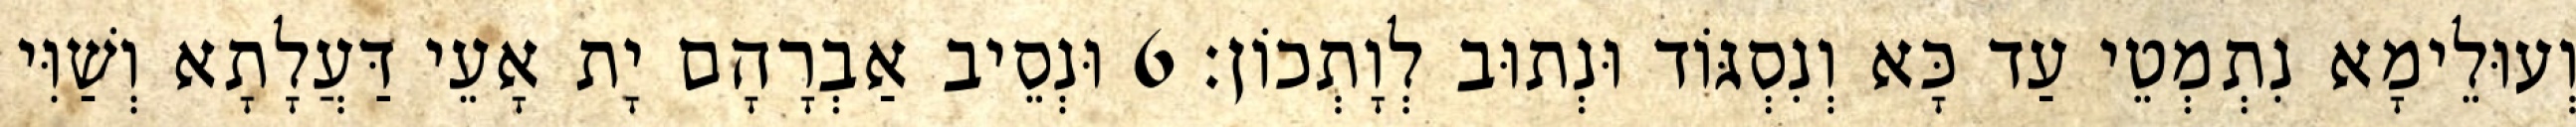
וְעוּלֵימָא נִתְמְטֵי עַד כָּא וְנִסְגּוֹד וּנְתוּב לְוָתְכוֹן׃ 6 וּנְסֵיב אַבְרָהָם יָת אָעֵי דַּעֲלָתָא וְשַׁוִּי